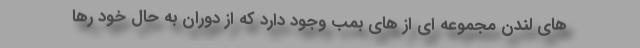
های لندن مجموعه ای از های بمب وجود دارد که از دوران به حال خود رها